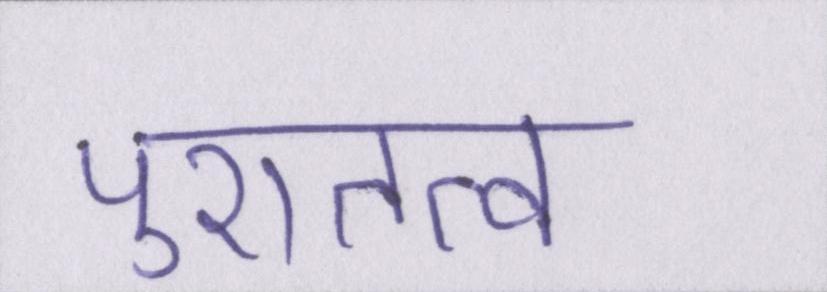
पुरातत्व